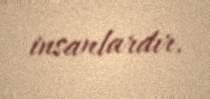
insanlardır.